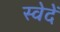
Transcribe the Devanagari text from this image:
स्वेदें